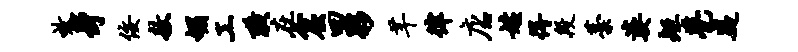
效身佞敖媚工璜在窟四夥芊律店姓得段藁婆矩甍嶷